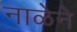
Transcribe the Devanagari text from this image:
नाळेने